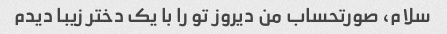
سلام، صورتحساب من دیروز تو را با یک دختر زیبا دیدم